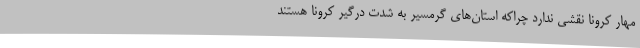
مهار کرونا نقشی ندارد چراکه استان‌های گرمسیر به شدت درگیر کرونا هستند